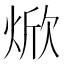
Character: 焮